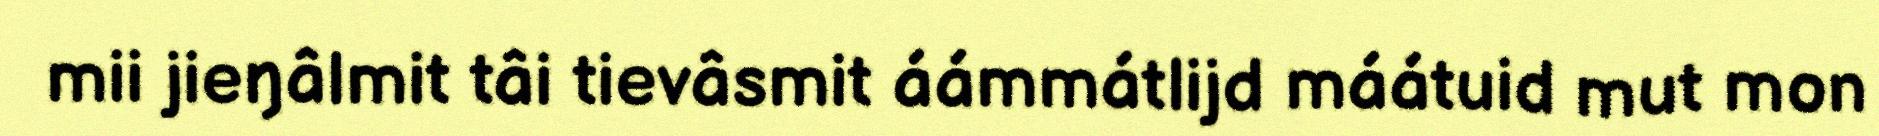
mii jieŋâlmit tâi tievâsmit áámmátlijd máátuid mut mon